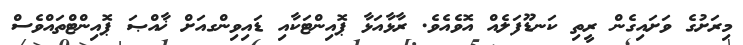
މިރަށުގެ ވަށައިގެން ރީތި ކަނޑޫފަލެއް އޮވެއެވެ. ރާޅާއަޅާ ޕޮއިންޓަކާއި ޑައިވިންގއަށް ޚާއްޞަ ޕޮއިންޓްތައްވެސް